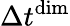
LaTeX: \Delta t^{\mathrm{dim}}